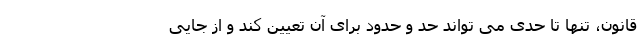
قانون، تنها تا حدی می تواند حد و حدود برای آن تعیین کند و از جایی